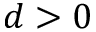
d > 0